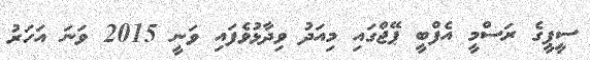
ސީޕީގެ ރަސްމީ އެފްބީ ޕޭޖްގައި މިއަދު ވިދާޅުވެފައި ވަނީ 2015 ވަނަ އަހަރު